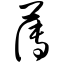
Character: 薄